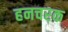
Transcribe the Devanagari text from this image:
हनचरक